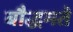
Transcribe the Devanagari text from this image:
बौद्धमते